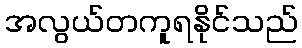
အလွယ်တကူရနိုင်သည်